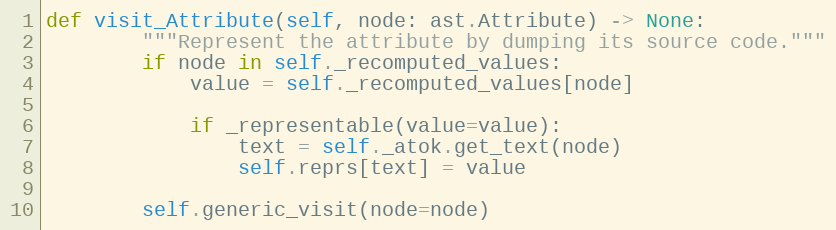
Language: Python
def visit_Attribute(self, node: ast.Attribute) -> None:
        """Represent the attribute by dumping its source code."""
        if node in self._recomputed_values:
            value = self._recomputed_values[node]

            if _representable(value=value):
                text = self._atok.get_text(node)
                self.reprs[text] = value

        self.generic_visit(node=node)